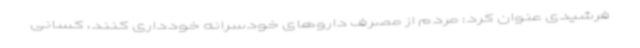
فرشیدی عنوان کرد: مردم از مصرف داروهای خودسرانه خودداری کنند، کسانی